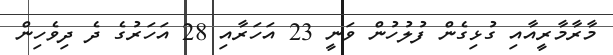
މާރާމާރީއާއި ގުޅިގެން ފުލުހުން ވަނީ 23 އަހަރާއި 28 އަހަރުގެ ދެ ދިވެހިން